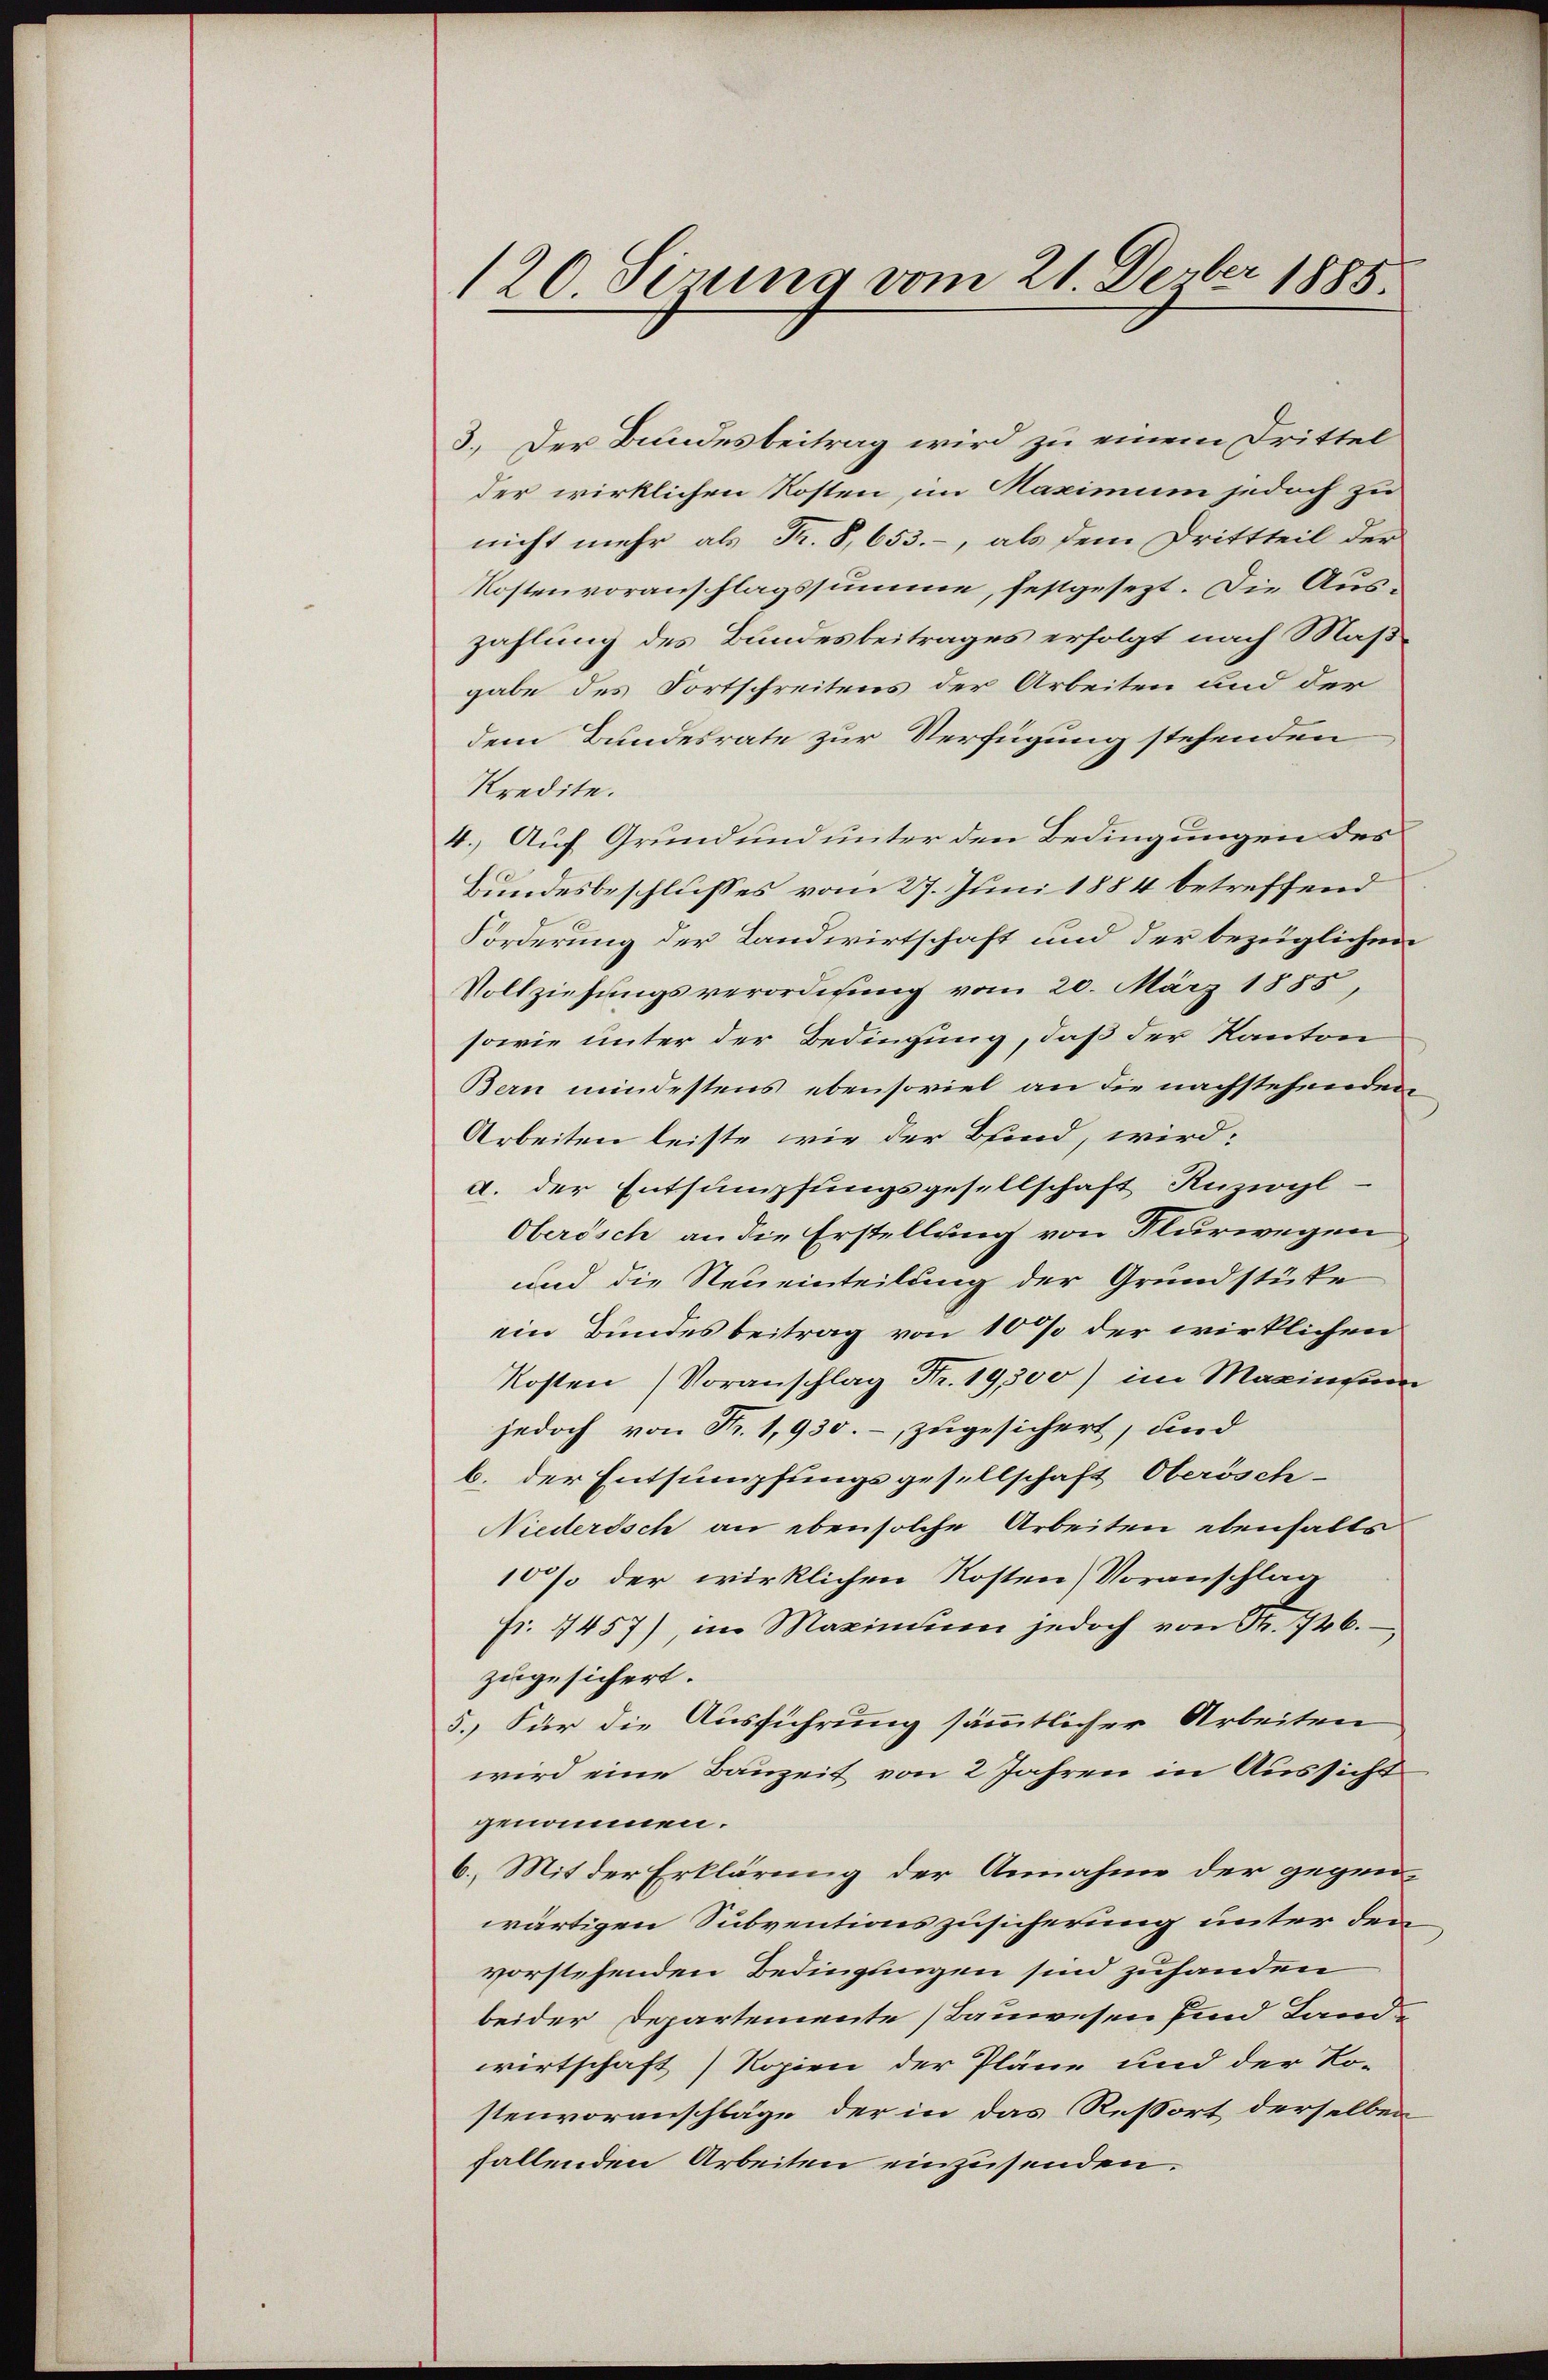
120 Sirung vom 21. Derber 1885

3. Der Bundesbeitrag wird zu einem Drittel
der wirklichen Kosten, im Maximum jedoch zu
nicht mehr als Fr. 8, 653. -, als dem Drittteil der
Kostenvoranschlagssumme, festgesezt. Die Auszahlung des Bundesbeitrages erfolgt nach Maßgabe des Fortschreitens der Arbeiten und der
dem Bundesrate zur Verfügung stehenden
Kredite.
4.) Auf Grund und unter den Bedingungen des
Bundesbeschlusses vom 27. Juni 1884 betreffend
Forderung der Landwirtschaft und der bezüglichen
Vollziehungsverordnung vom 20. März 1885,
sowie unter der Bedingung, daß der Kanton
Ban mindestens ebensoviel an die nachstehenden
Arbeiten leiste, wie der Bund, wird:
a. der Entsumpfungsgesellschaft Anzivyl-
Oberösch an die Erstellung von Flurwegen
und die Neueinteilung der Grundstücke
ein Bundesbeitrag von 10 % der wirklichen
Kosten Voranschlag Fr. 19,300) im Maginium
jedoch von Fr. 1,930.-, zugesichert, und
b. der Entsumpfungsgesellschaft Oberösch-
Niederisch an ebensolche Arbeiten ebenfalls
10% der wirklichen Kosten Voranschlag
fr. 1457), im Maximinen jedoch von Nr. 746.
zugesichert.
5.) Für die Ausführung sämmtlicher Arbeiten
wird eine Bauzeit von 2 Jahren in Aussicht
genommen.
b. Mit der Erklärung der Annahme der gegenwärtigen Subventionszusicherung unter dem
vorstehenden Bedingungen sind zuhanden
beider Departemente Bauwesen sind Lande
wirtschaft) Kopien der Pläne und der Ko-
stenvoranschläge, der in das Resort derselben
fallenden Arbeiten einzusenden.